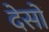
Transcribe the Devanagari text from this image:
देसों